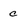
Character: c